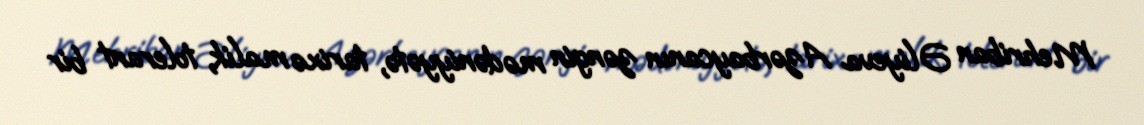
Mehriban Əliyeva Azərbaycanın zəngin mədəniyyətə, tarixə malik, tolerant bir